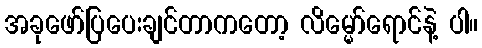
အခုဖော်ပြပေးချင်တာကတော့ လိမ္မော်ရောင်နဲ့ ပါ။